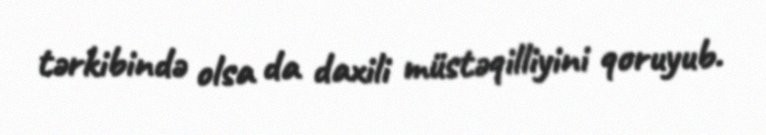
tərkibində olsa da daxili müstəqilliyini qoruyub.